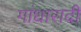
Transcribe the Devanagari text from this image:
गांधारादी